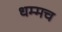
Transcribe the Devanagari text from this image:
धम्मच